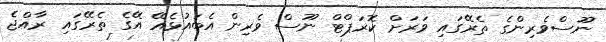
ނޫސްވެރިންގެ ތެރޭގައި ވަރަށް ކޮރަޕްޓް ނޫސް ވެރިން އެބައުޅެއޭ އޭގެ ތެރޭގައި ރާއްޖެ